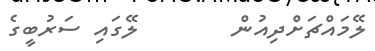
ލޭމައްޗަށްދިއުން        ލޭގައި ސަރުބީގެ